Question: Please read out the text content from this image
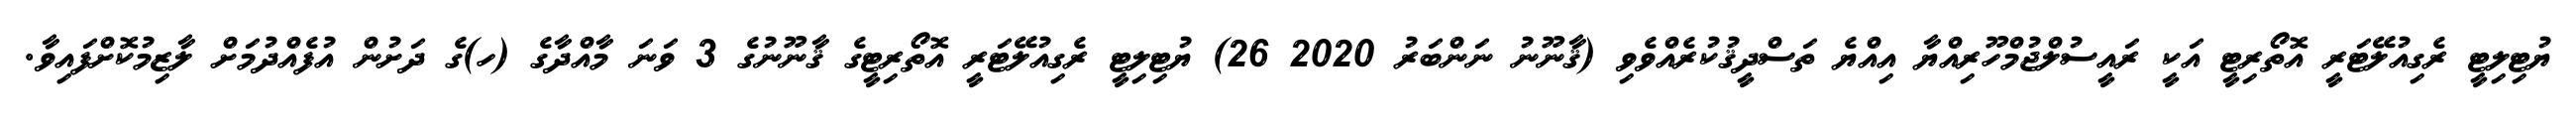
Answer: ޔުޓިލިޓީ ރެގިއުލޭޓަރީ އޮތޯރިޓީ އަކީ ރައީސުލްޖުމްހޫރިއްޔާ އިއްޔެ ތަސްދީޤުކުރެއްވެވި (ޤާނޫނު ނަންބަރު 2020 26) ޔުޓިލިޓީ ރެގިއުލޭޓަރީ އޮތޯރިޓީގެ ޤާނޫނުގެ 3 ވަނަ މާއްދާގެ (ހ)ގެ ދަށުން އުފެއްދުމަށް ލާޒިމުކޮށްފައިވާ.